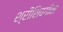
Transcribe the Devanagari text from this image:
श्रीशिवगीता